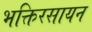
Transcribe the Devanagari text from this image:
भक्तिरसायन